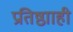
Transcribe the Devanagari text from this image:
प्रतिष्ठााही